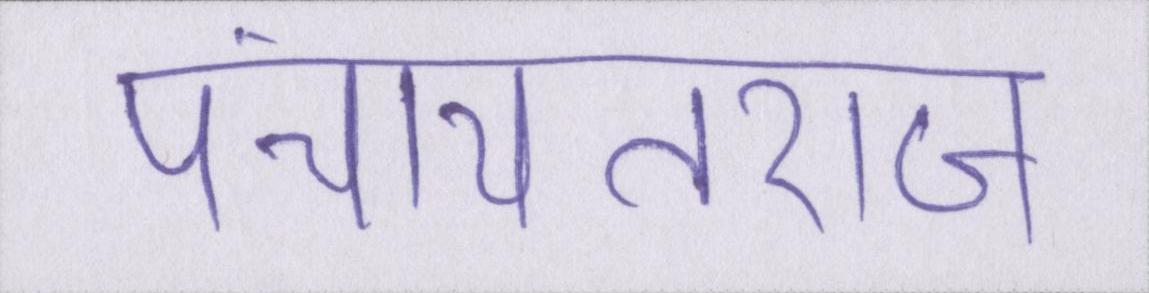
पंचायतराज